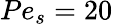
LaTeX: Pe_{s}=20